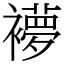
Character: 䙦